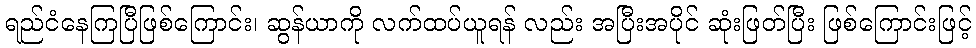
ရည်ငံနေကြပြီဖြစ်ကြောင်း၊ ဆွန်ယာကို လက်ထပ်ယူရန် လည်း အပြီးအပိုင် ဆုံးဖြတ်ပြီး ဖြစ်ကြောင်းဖြင့်